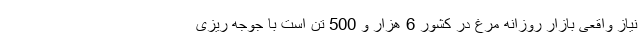
نیاز واقعی بازار روزانه مرغ در کشور 6 هزار و 500 تن است با جوجه ریزی